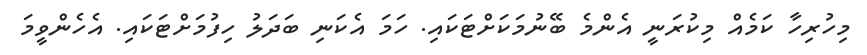
މިހުރިހާ ކަމެއް މިކުރަނީ އެންމެ ބޭނުމަކަށްޓަކައި. ހަމަ އެކަނި ބަދަލު ހިފުމަށްޓަކައި. އެހެންވީމަ